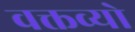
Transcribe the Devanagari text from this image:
वक्तव्यो